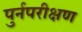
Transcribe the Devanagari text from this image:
पुर्नपरीक्षण